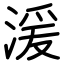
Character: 湲